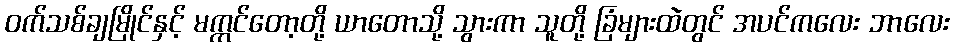
ဝက်သစ်ချမြိုင်နှင့် မက္ကင်တော့တို့ ယာတောသို့ သွားကာ သူတို့ ခြံများထဲတွင် အပင်ကလေး ဘာလေး